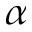
\alpha